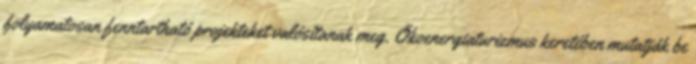
folyamatosan fenntartható projekteket valósítanak meg. Ökoenergiaturizmus keretében mutatják be